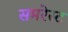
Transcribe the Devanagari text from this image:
समरेस्ट